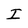
Character: I